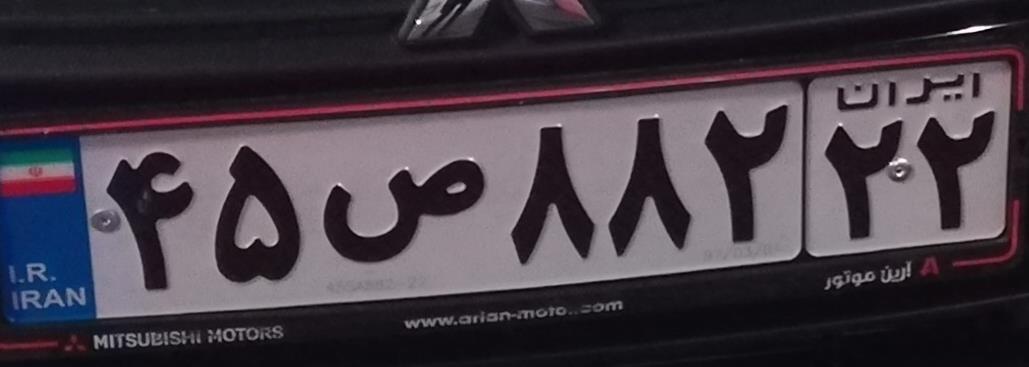
۴۵ص۸۸۲۲۲